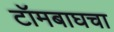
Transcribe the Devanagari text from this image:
टॉमबाघचा